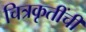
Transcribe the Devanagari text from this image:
चित्रकृतींची